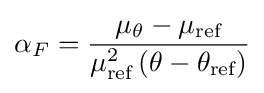
\alpha _{F}={\frac {\mu _{\theta }-\mu _{\text{ref}}}{\mu _{\text{ref}}^{2}\left(\theta -\theta _{\text{ref}}\right)}}